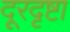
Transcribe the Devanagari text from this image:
दूरदृष्टा